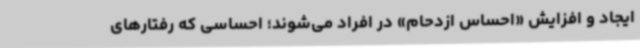
ایجاد و افزایش «احساس ازدحام» در افراد می‌شوند؛ احساسی که رفتارهای